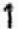
1